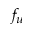
f _ { u }